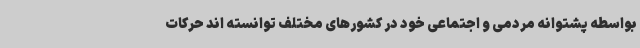
بواسطه پشتوانه مردمی و اجتماعی خود در کشورهای مختلف توانسته اند حرکات